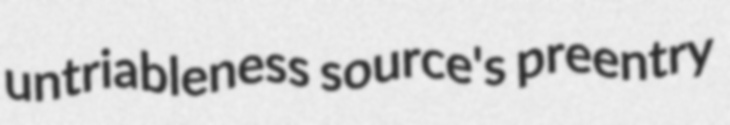
untriableness source's preentry